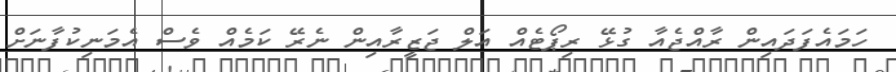
ހަމައެފަދައިން ރާއްޖެއާ ގުޅޭ ރިޕޯޓެއް އަލް ޖަޒީރާއިން ނެރޭ ކަމެއް ވެސް އެމަނިކުފާނަށް